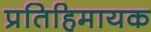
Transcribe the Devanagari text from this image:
प्रतिहिमायक